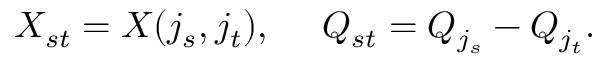
X _ { s t } = X ( j _ { s } , j _ { t } ) , \ \ \ \ Q _ { s t } = Q _ { j _ { s } } - Q _ { j _ { t } } .